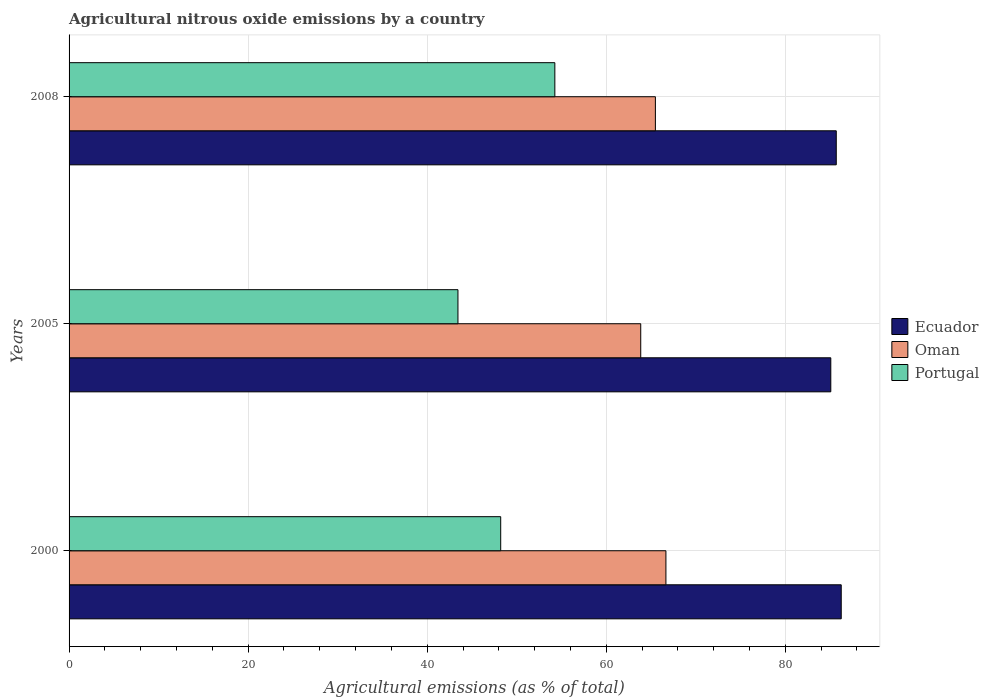
| Years | Ecuador | Oman | Portugal |
 | --- | --- | --- | --- |
 | 2000 | 86.2 | 66.7 | 48.2 |
 | 2005 | 85.1 | 63.9 | 43.4 |
 | 2008 | 85.7 | 65.5 | 54.3 |